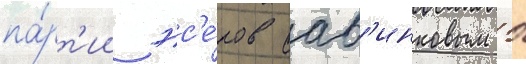
па́рт'ии эс'е́ров сав'инковым б